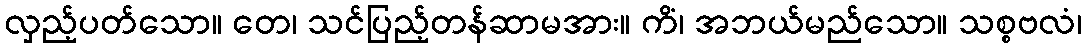
လှည့်ပတ်သော။ တေ၊ သင်ပြည့်တန်ဆာမအား။ ကိံ၊ အဘယ်မည်သော။ သစ္စဗလံ၊